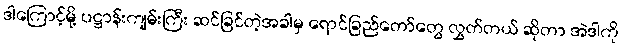
ဒါကြောင့်မို့ ပဋ္ဌာန်းကျမ်းကြီး ဆင်ခြင်တဲ့အခါမှ ရောင်ခြည်တော်တွေ လွှတ်တယ် ဆိုတာ အဲဒါကို